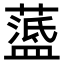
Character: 𦽘